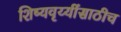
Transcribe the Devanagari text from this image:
शिष्यवृय्यींसाठीच